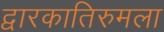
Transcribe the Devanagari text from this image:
द्वारकातिरुमला